Report on sanitation, dispensaries, and jails in Rajputana for 1918, and on vaccination for the year 1918-1919 - 1918-1919
Year: 1918
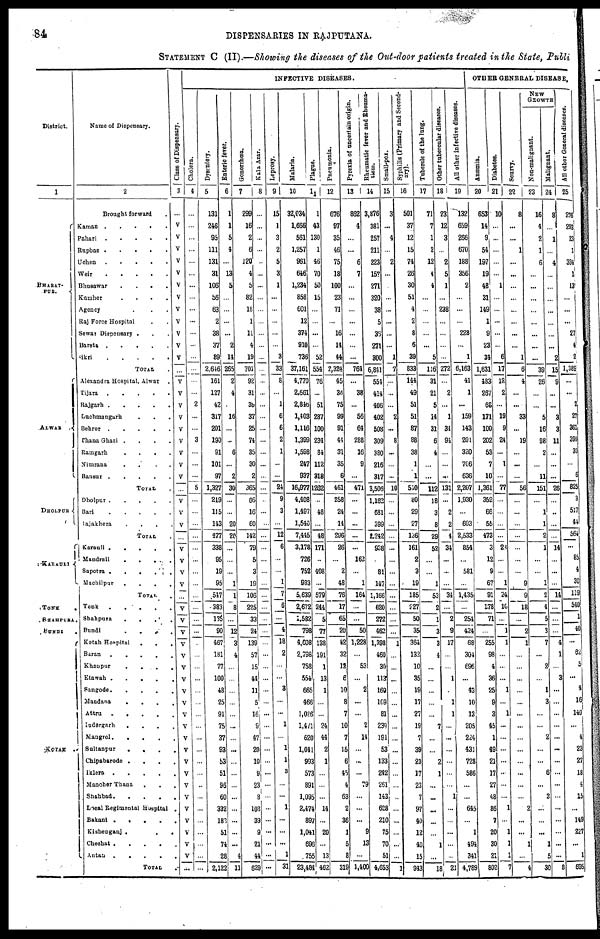
84
DISPENSARIES IN RAJPUTANA.
STATEMENT C (II).—Showing the diseases of the Out-door patients treated in the State, Publi
District.
1
BHARAT¬
PUR.
ALWAR .
DHOLPUR
KARAULI
TONK
.
SHAHPURA.
BUNDI .
KOTAH
Name of Dispensary.
2
Brought forward .
Kaman
.....
Pahari .
.
.
.
.
Rupbas .
.
.
.
Uchen
.....
Weir
.....
Bhusawar
.
.
.
.
Kamher
.
.
.
.
Agency ....
Raj Force Hospital ..
Sewar Dispensary ...
Bareta
.....
Sikri
.
.
.
.
.
TOTAL .
Alexandra Hospital, Alwar
Tijara .
.
.
.
.
Rajgarh
.....
Luchmangarh ...
Behror .
.
.
.
.
Thana Ghazi .
.
.
.
Ramgarh
.
.
.
.
Nimrana
.
.
.
.
Bansur .
.
.
.
.
TOTAL .
Dholpur
.....
Bari
.....
Rajakhera
....
TOTAL .
Karauli
.....
Mandrail
.
.
.
.
Sapotra .
.
.
.
.
Machilpur
.
.
.
.
TOTAL .
Tonk
Shahpura
.
.
.
.
Bundi
.
.
.
.
.
Kotah Hospital
.
.
.
.
Baran
.
.
.
.
.
.
Khanpur
.
.
.
.
.
Etawah
.
.
.
.
.
.
Sangode
.
.
.
.
.
Mandana . . . . .
Attru
.
.
.
.
.
Indergarh
. . . . .
Mangrol
.
.
.
.
.
.
Sultanpur
.
.
.
Chipabarode
.
.
.
.
Iklera
.
.
.
.
.
Manoher Thana . . .
Shahbad. . . . . .
Local Regimental Hospital .
Bakani
.
.
.
.
.
Kishenganj .
.
.
Chechat . . . .
Antan
.
.
.
.
.
TOTAL .
Class of Dispensary.
3
...
V
V
V
V
V
V
V
V
V
V
V
V
...
V
V
V
V
V
V
V
V
V
...
V
V
V
...
V
V
V
V
...
V
V
V
V
V
V
V
V
V
V
V
V
V
V
V
V
V
V
V
V
V
V
...
INFECTIVE DISEASES.
Cholera.
4
...
...
...
...
...
...
...
...
...
...
...
...
...
...
...
...
2
...
...
3
...
...
...
5
...
...
...
...
...
...
...
...
...
...
...
...
...
...
...
...
...
...
...
...
...
...
...
...
...
...
...
...
...
...
...
...
Dysentery.
5
131
246
95
111
131
31
106
56
63
2
38
37
89
2,616
161
127
42
317
201
190
91
101
97
1,327
219
115
143
477
338
95
19
95
547
383
135
90
467
181
77
100
48
25
91
75
37
93
53
51
96
60
332
183
51
74
28
2,122
Entreric
fever.
6
1
1
5
4
...
13
5
...
...
...
...
2
14
265
2
4
...
16
...
...
6
...
2
30
...
...
20
20
...
...
...
1
1
8
...
12
3
4
...
...
...
...
...
...
...
...
...
...
...
...
...
...
...
...
4
11
Gonorrhœa.
7
299
16
2
6
120
4
5
82
18
1
11
4
19
701
92
31
39
37
25
74
35
30
2
365
66
16
60
142
79
5
3
19
106
225
33
24
139
57
15
44
11
5
16
9
47
20
10
9
23
8
103
39
9
21
44
629
Kala
Azar.
8
...
...
...
...
...
...
...
...
...
...
...
...
...
...
...
...
...
...
...
...
...
...
...
...
...
...
...
...
...
...
...
...
...
...
...
...
...
...
...
...
...
...
...
...
...
...
...
...
...
...
...
...
...
...
...
...
Leprosy.
9
15
1
3
2
5
3
1
...
...
...
...
...
3
33
8
...
1
6
6
2
1
...
...
24
9
3
...
12
6
...
...
1
7
6
...
4
18
2
...
...
3
...
...
1
...
1
1
3
...
...
1
...
...
...
1
31
Malaria.
10
32,034
1,666
561
1,257
961
646
1,234
858
601
12
374
910
736
37,161
4,770
2,661
2,815
1,503
1,116
1,399
1,598
247
937
16,877
4,408
1,497
1,540
7,445
3,178
726
752
983
5,639
2,672
1,582
798
4,608
2,798
758
554
665
466
1,036
1,471
620
1,041
993
573
891
1,095
2,474
897
1,041
696
755
23,484
Plague.
11
1
43
130
1
46
70
50
15
...
...
...
...
52
554
76
...
51
287
100
234
84
112
318
1262
...
48
...
48
171
...
408
...
579
244
5
77
138
191
1
13
1
...
...
24
44
2
1
...
...
...
14
...
20
...
13
462
Pneumonia.
12
676
97
35
46
75
18
100
23
71
...
16
14
44
2,324
45
35
75
99
91
45
31
35
6
461
258
24
14
296
26
...
2
48
76
17
65
20
42
32
12
6
10
8
7
10
7
15
6
45
4
63
2
36
1
5
8
319
Pyr exi a of uncertain origin.
13
862
4
...
...
6
7
...
...
...
...
...
...
...
764
...
38
...
56
64
288
16
9
...
471
...
...
...
...
...
163
...
1
164
...
...
50
1,228
...
53
...
2
...
...
2
14
...
...
...
79
...
...
...
9
13
...
1,400
Rh e u ma tic f ever and Rheuma¬
tism.
14
3,876
381
257
211
223
157
271
320
38
5
36
271
300
6,841
554
414
406
402
508
309
380
216
317
3,506
1,162
681
399
2,242
938
...
81
147
1,166
620
272
462
1,398
460
30
113
160
109
81
239
194
53
133
24
261
143
628
210
75
70
51
4,653
Small-pox.
15
3
...
4
...
2
...
...
...
...
...
...
...
1
7
...
...
...
2
...
8
...
...
...
10
...
...
...
...
...
...
...
...
...
...
...
...
1
...
...
...
...
...
...
...
...
...
...
...
...
...
...
...
...
...
...
1
Syphilis (Primary and Second¬
ary).
16
501
37
12
15
74
26
30
51
4
2
8
6
39
833
144
49
51
51
87
88
38
1
1
510
80
29
27
136
161
2
3
19
185
227
50
35
364
132
10
35
19
17
27
19
7
39
23
17
23
7
97
40
12
40
15
943
Tubercle of the lung.
17
71
7
1
2
12
4
4
...
...
...
...
...
5
116
31
21
5
14
31
6
4
...
...
112
18
3
8
29
52
...
...
1
53
2
1
3
3
4
...
...
...
...
...
7
...
...
2
1
...
...
...
...
...
1
...
18
Other tubercular diseases.
18
23
12
3
...
2
5
1
...
238
...
...
...
...
272
...
2
...
1
31
91
...
...
... 131
...
2
2
4
34
...
...
34
...
...
2
9
17
...
...
1
...
3
1
...
...
...
...
...
...
1
...
...
...
...
...
21
All other infective diseases.
19
132
659
266
670
188
356
2
...
...
...
228
...
1
6,163
41
1
...
159
143
201
320
706
636
2,207
1,930
...
603
2,533
854
...
581
...
1,435
...
254
424
68
304
696
...
43
10
13
205
224
431
728
586
...
...
645
...
1
494
341
4,789
OTHER GENERAL DISEASE,
Anæmia.
20
653
14
9
54
197
19
48
31
149
1
9
23
34
1,631
483
267
68
171
100
202
53
7
10
1,361
352
66
55
473
3
12
9
67
91
178
71
...
255
98
4
36
25
9
3
45
1
49
21
17
27
48
86
7
20
30
21
802
Diabetes.
21
10
...
...
...
...
...
1
...
...
...
...
...
6
17
12
2
...
19
9
24
...
1
... 77
...
...
...
...
24
...
...
1
24
10
...
1
1
...
...
...
1
...
1
...
...
...
...
...
...
...
1
...
1
1
1
7
Scurry.
22
8
...
...
1
...
...
...
...
...
...
...
...
1
6
4
...
...
33
...
19
...
...
...
56
...
...
...
...
...
...
...
9
9
18
...
2
1
...
...
...
...
...
...
...
...
...
...
...
...
...
2
...
...
1
...
4
NEW
GROWTH
Non-malignant.
23
16
4
2
1
6
...
...
...
...
...
...
...
...
39
26
...
...
5
16
98
2
...
11
151
...
1
1
2
1
...
...
1
2
4
5
3
7
...
2
...
1
3
...
...
2
...
...
6
...
3
...
...
...
1
5
30
Malignant.
24
8
...
1
...
4
...
...
...
...
...
...
...
2
15
9
...
...
3
3
11
...
...
... 26
...
...
...
...
14
...
...
...
14
...
...
...
4
1
...
3
...
...
...
...
...
...
...
...
...
...
...
...
...
...
...
8
All other General diseases.
25
276
293
23
1
334
1
13
...
...
...
27
4
2
1,389
...
...
2
27
361
399
30
...
6
825
3
517
44
564
...
85
4
30
119
540
1
40
...
62
5
...
4
16
140
...
4
23
27
18
4
15
...
149
227
...
1
695